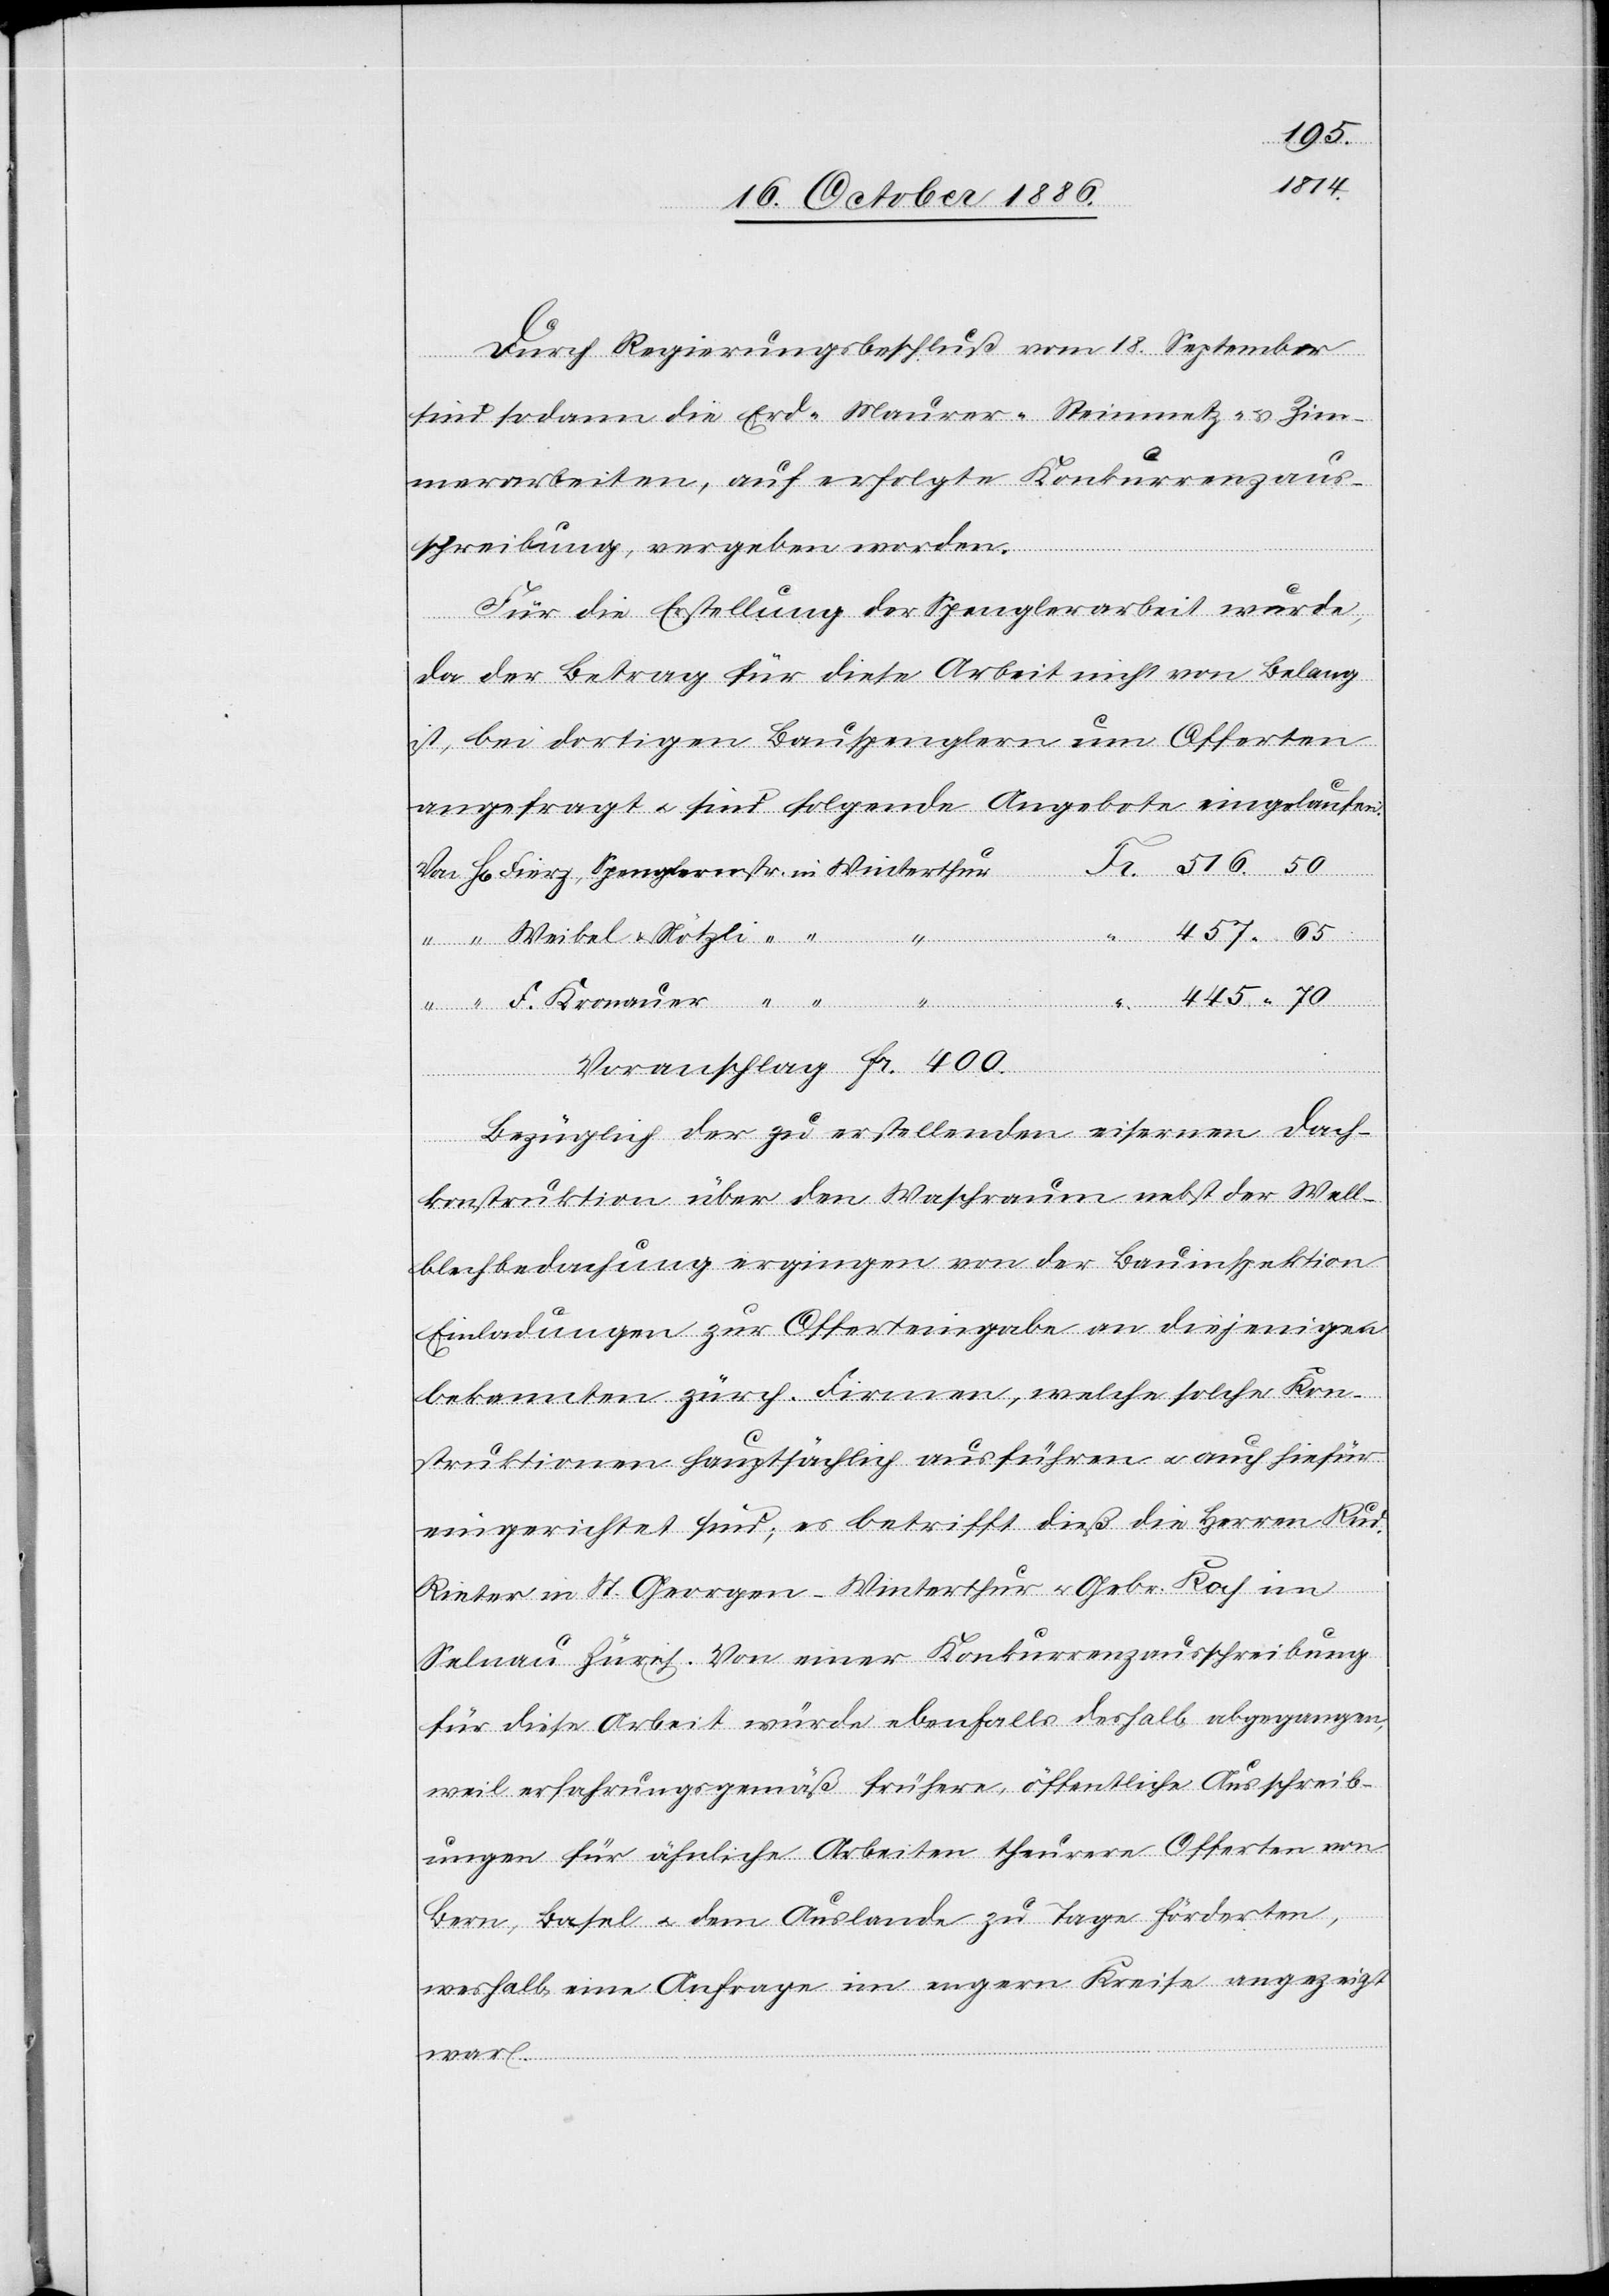
Durch Regierungsbeschluß vom 18. September
sind sodann die Erd- Maurer- Steinmetz- & Zim¬
merarbeiten, auf erfolgte Konkurrenzaus¬
schreibung, vergeben worden.
Für die Erstellung der Spenglerarbeit wurde,
da der Betrag für diese Arbeit nicht von Belang
ist, bei dortigen Bauspenglern um Offerten
angefragt & sind folgende Angebote eingelaufen:
457.65
shalb abgegangen,
Voranschlag Fr. 400.
Bezüglich der zu erstellenden eisernen Dach¬
konstruktion über den Waschraum nebst der Well¬
blechbedachung ergingen von der Bauinspektion
Einladungen zur Offerteingabe an diejenigen
bekannten zürch. Firmen, welche solche Kon¬
struktionen hauptsächlich ausführen & auch hiefür
eingerichtet sind; es betrifft dieß die Herren Rud.
Rieter in St. Georgen - Winterthur & Gebr. Koch im
Selnau - Zürich. Von einer Konkurrenzausschreibung
weil erfahrungsgemäß frühere, öffentliche Ausschreib¬
ungen für ähnliche Arbeiten theurere Offerten von
Bern, Basel & dem Auslande zu Tage förderten,
weshalb eine Anfrage im engern Kreise angezeigt
war.